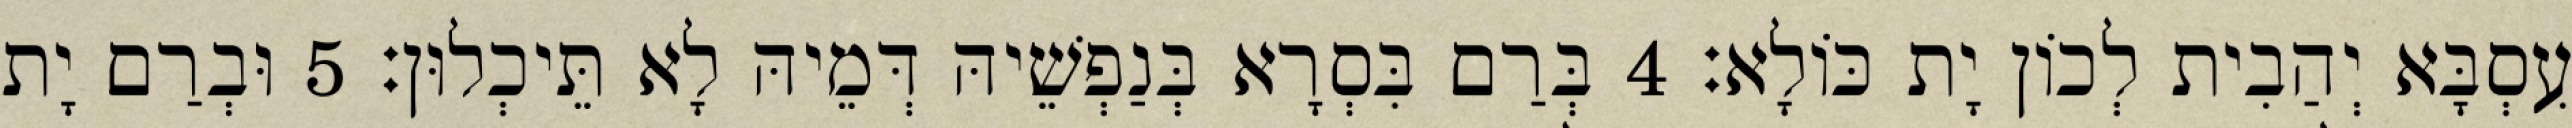
עִסְבָּא יְהַבִית לְכוֹן יָת כּוֹלָא׃ 4 בְּרַם בִּסְרָא בְּנַפְשֵׁיהּ דְּמֵיהּ לָא תֵּיכְלוּן׃ 5 וּבְרַם יָת